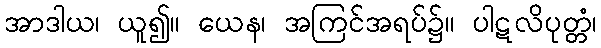
အာဒါယ၊ ယူ၍။ ယေန၊ အကြင်အရပ်၌။ ပါဋလိပုတ္တံ၊